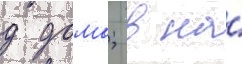
д дома; в на́